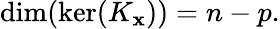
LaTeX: \dim(\ker(K_{\mathbf{x}}))=n-p.